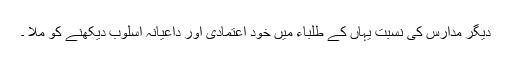
دیگر مدارس کی نسبت یہاں کے طلباء میں خود اعتمادی اور داعیانہ اسلوب دیکھنے کو ملا ۔